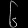
Digit: ၆